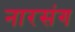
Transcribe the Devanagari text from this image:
नारसंग